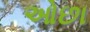
ઓછા